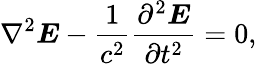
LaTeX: \nabla^{2}\boldsymbol{E}-\frac{1}{c^{2}}\frac{\partial^{2}\boldsymbol{E}}{\partial t^{2}}=0,